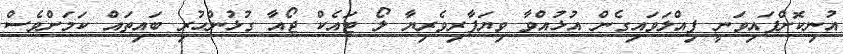
އުނިކޮށްފައިވަނީ ފިއްލަވައިގެން އުޅުއްވާ ވިޔަފާރިވެރިޔާ ލޯ ޓައެކް ޖޯއާ ގުޅުންހުރި ބައިތައް ކަމަށްވެސް